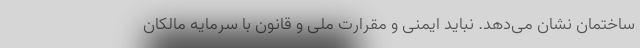
ساختمان نشان می‌دهد. نباید ایمنی و مقرارت ملی و قانون با سرمایه مالکان